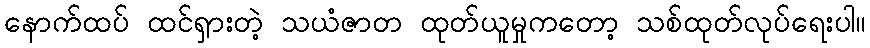
နောက်ထပ် ထင်ရှားတဲ့ သယံဇာတ ထုတ်ယူမှုကတော့ သစ်ထုတ်လုပ်ရေးပါ။